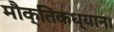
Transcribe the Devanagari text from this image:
मौक्तिकध्यान।